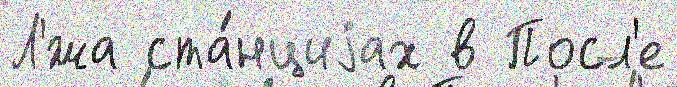
Л'́жа ста́нциjах в Посл'е